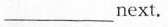
__ next.